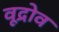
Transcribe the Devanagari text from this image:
वूद्रोव